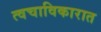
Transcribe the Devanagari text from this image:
त्वचाविकारात